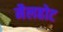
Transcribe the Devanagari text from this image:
मैलहोट